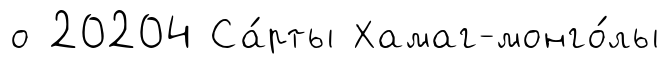
о 20204 Са́рты Хамаг-монго́лы